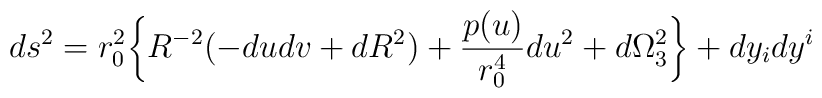
ds^2 = r_0^2 \bigg\{ R^{-2} (-dudv + dR^2) + {{p(u)}\over {r_0^4}}du^2 + d\Omega^2_3 \biggr\} + dy_i dy^i